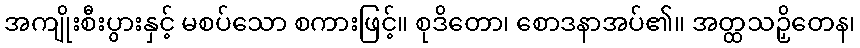
အကျိုးစီးပွားနှင့် မစပ်သော စကားဖြင့်။ စုဒိတော၊ စောဒနာအပ်၏။ အတ္ထသဉှိတေန၊